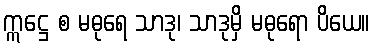
ဣဋ္ဌေ စ မဓုရေ သာဒု၊ သာဒုမှိ မဓုရော ပိယေ။